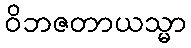
ဝိဘဇတာယသ္မာ